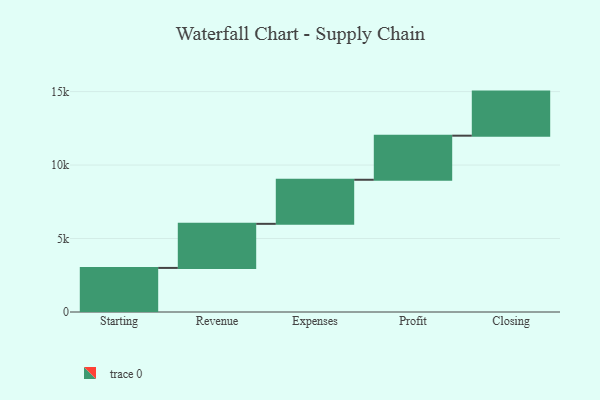
{"axis": {"x": "Step", "y": "Value"}, "legend": [""], "data": [{"x": "Starting", "y": 3000, "type": ""}, {"x": "Revenue", "y": 3000, "type": ""}, {"x": "Expenses", "y": 3000, "type": ""}, {"x": "Profit", "y": 3000, "type": ""}, {"x": "Closing", "y": 3000, "type": ""}]}